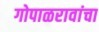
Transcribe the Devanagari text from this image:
गोपाळरावांचा